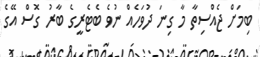
ބިމަށް ޖެއްސިތާ މާ ގިނަ ދުވަހެއް ނުވެ ބެޓެރީގެ ބާރު ގޮސް އޭގެ